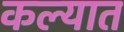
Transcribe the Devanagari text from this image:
कल्यात